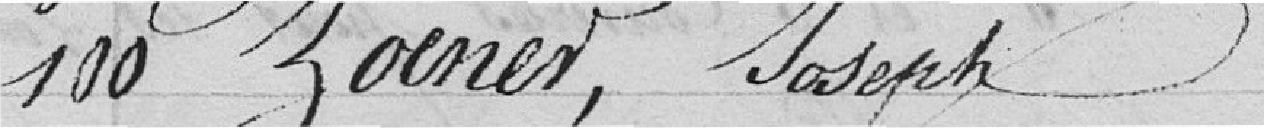
100 Zoenet, Joseph